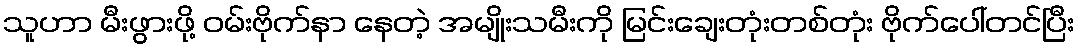
သူဟာ မီးဖွားဖို့ ဝမ်းဗိုက်နာ နေတဲ့ အမျိုးသမီးကို မြင်းချေးတုံးတစ်တုံး ဗိုက်ပေါ်တင်ပြီး